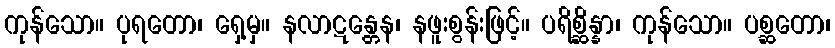
ကုန်သော။ ပုရတော၊ ရှေ့မှ။ နလာဋန္တေန၊ နဖူးစွန်းဖြင့်။ ပရိစ္ဆိန္နာ၊ ကုန်သော။ ပစ္ဆတော၊